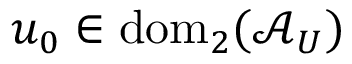
u _ { 0 } \in \mathrm { d o m } _ { 2 } ( \mathcal { A } _ { U } )